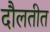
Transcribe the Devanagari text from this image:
दौलतीत